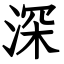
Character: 深